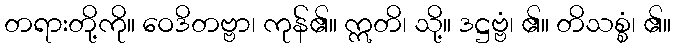
တရားတို့ကို။ ဝေဒိတဗ္ဗာ၊ ကုန်၏။ ဣတိ၊ သို့။ ဒဋ္ဌဗ္ဗံ၊ ၏။ တိသစ္စံ၊ ၏။